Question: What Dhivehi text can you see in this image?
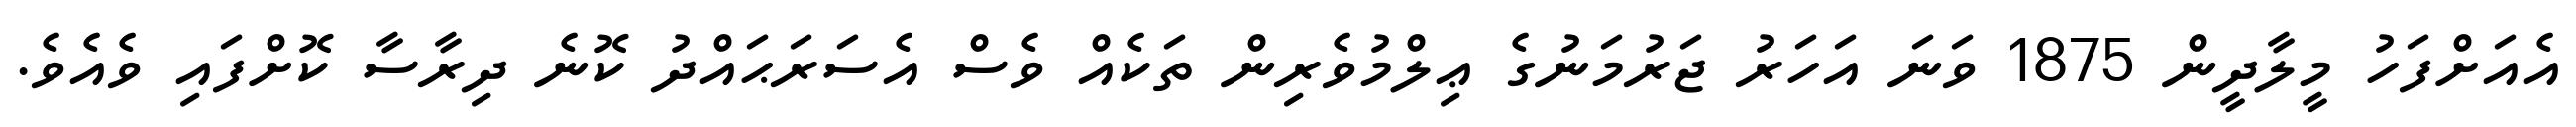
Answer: އެއަށްފަހު މީލާދީން 1875 ވަނަ އަހަރު ޖަރުމަނުގެ ޢިލްމުވެރިން ތަކެއް ވެސް އެސަރަޙައްދު ކޮނެ ދިރާސާ ކޮށްފައި ވެއެވެ.